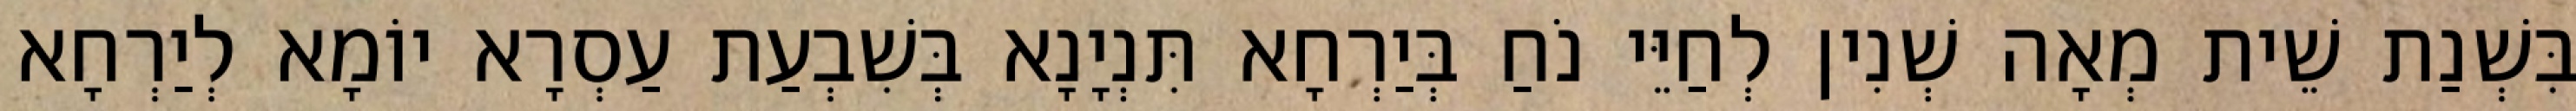
בִּשְׁנַת שֵׁית מְאָה שְׁנִין לְחַיֵּי נֹחַ בְּיַרְחָא תִּנְיָנָא בְּשִׁבְעַת עַסְרָא יוֹמָא לְיַרְחָא